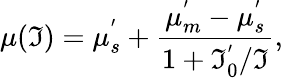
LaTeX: \mu(\mathfrak{I})=\mu_{s}^{'}+\frac{{\mu_{m}^{'}-\mu_{s}^{'}}}{{1+\mathfrak{I}_{0}^{'}/\mathfrak{I}}},